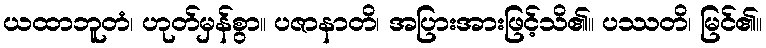
ယထာဘူတံ၊ ဟုတ်မှန်စွာ။ ပဇာနာတိ၊ အပြားအားဖြင့်သိ၏။ ပဿတိ၊ မြင်၏။